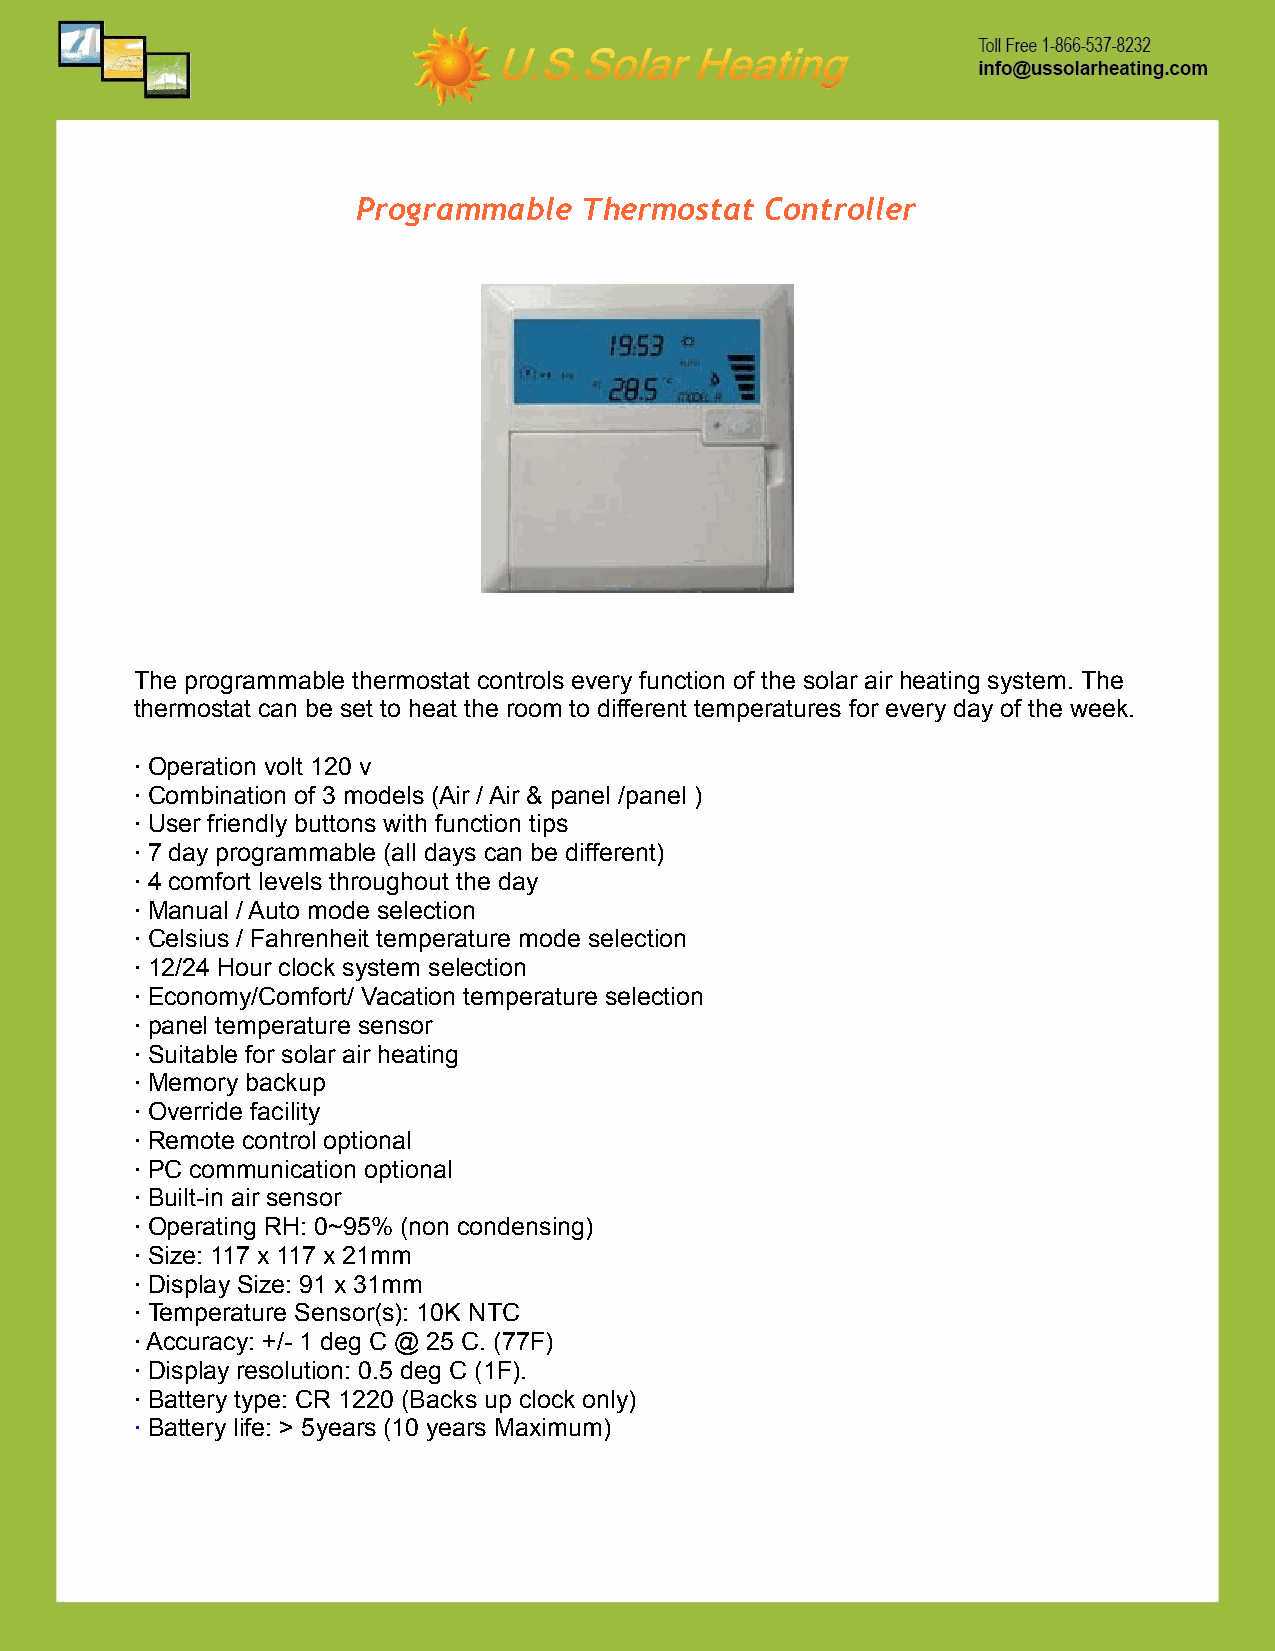
Programmable  Thermostat   Controller
 The programmable thermostat controls every function of the solar air heating system. The
 thermostat can be set to heat the room to different temperatures for every day of the week.
 · Operation volt 120 v
 · Combination of 3 models (Air / Air & panel /panel )
 · User friendly buttons with function tips
 · 7 day programmable (all days can be different)
 · 4 comfort levels throughout the day
 · Manual / Auto mode selection
 · Celsius / Fahrenheit temperature mode selection
 · 12/24 Hour clock system selection
 · Economy/Comfort/ Vacation temperature selection
 · panel temperature sensor
 · Suitable for solar air heating
 · Memory backup
 · Override facility
 · Remote control optional
 · PC communication optional
 · Built-in air sensor
 · Operating RH: 0~95% (non condensing)
 · Size: 117 x 117 x 21mm
 · Display Size: 91 x 31mm
 · Temperature Sensor(s): 10K NTC
 · Accuracy: +/- 1 deg C @ 25 C. (77F)
 · Display resolution: 0.5 deg C (1F).
 · Battery type: CR 1220 (Backs up clock only)
 · Battery life: > 5years (10 years Maximum)